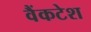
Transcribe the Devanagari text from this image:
वैंकटेश